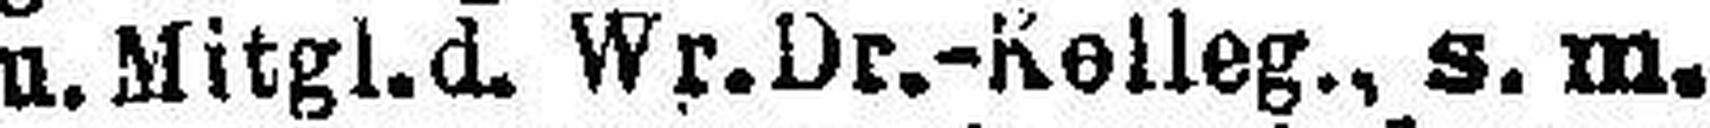
u. Mitgl. d. Wr. Dr.-Kelleg., s. m.